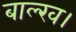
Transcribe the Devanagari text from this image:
बाल्ख।